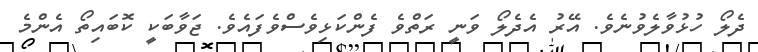
ދެލޯ ހުޅުވާލެވުނެވެ. އޭރު އެދެލޯ ވަނީ ރަތްވެ ފެންކަޅިވެސްވެފައެވެ. ޖަވާބަކީ ކޮބައިތޯ އެންމެ